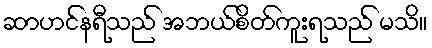
ဆာဟင်နရီသည် အဘယ်စိတ်ကူးရသည် မသိ။